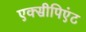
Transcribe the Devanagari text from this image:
एक्सीपिएंट